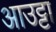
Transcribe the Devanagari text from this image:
आउट्टा